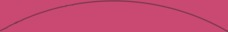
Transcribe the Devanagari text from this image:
ग्रिर्फोइगोदुय्दुग्दुएओगिसोद्त्घ्दीईईईईइगोफुसूऔऔऔऔऔऔऔऔऔऔऔऔऔऔऔऔऔऔऔऔऔऔऔऔऔऔऔऔओइरुफ्गुइस्ग्फिस्ग्फुय्ग्क्षुऔऔऔऔऔऔऔऔऔऔऔऔऔऔऔऔऔऔऔऔऔऔऔऔऔऔऔऔऔऔऔऔऔऔऔऔऔऔऔऔऔऔऔऔऔऔऔऔऔऔऔऔऔऔऔऔऔऔऔऔऔऔऔऔऔऔऔऔऔऔऔऔऔऔऔऔऔऔऔऔऔऔऔऔऔऔऔऔऔऔऔऔऔऔऔऔऔऔऔऔऔऔऔऔऔऔऔऔ